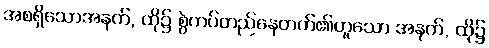
အစရှိသောအနက်, ထို၌ စွဲကပ်တည်နေတတ်၏ဟူသော အနက်, ထို၌